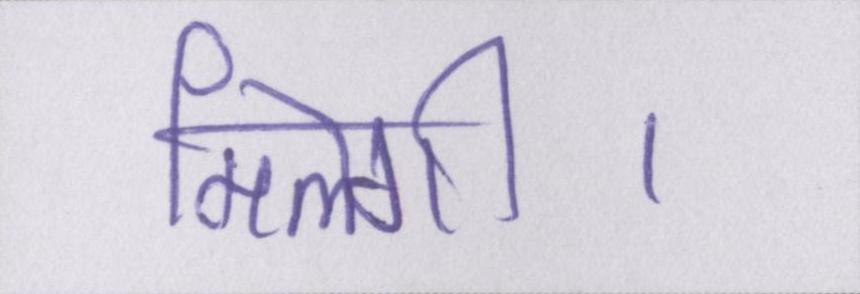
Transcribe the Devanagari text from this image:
मिलेगी।